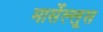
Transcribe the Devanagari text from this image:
मार्सेल्लूस